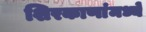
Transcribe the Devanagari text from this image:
शिरकाणांमध्ये